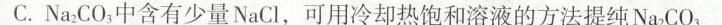
C.Na_{2}CO_{3}中含有少量NaCl，可用却热饱和溶液的方法提纯Na_{2}CO_{3}